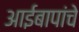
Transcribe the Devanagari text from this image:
आईबापांचे